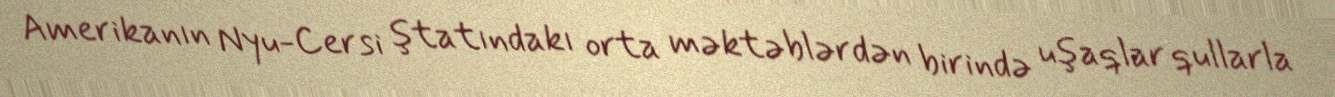
Amerikanın Nyu-Cersi ştatındakı orta məktəblərdən birində uşaqlar qullarla